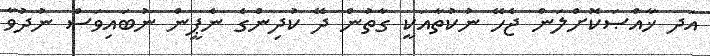
އަދ ޚާއްޞަކޮށްލަން ޖެހޭ ނުކުތާއަކީ ގާތުން ދޭ ކުދިންގެ ނެޕީން ނުބައިވަސް ނުދުވާ